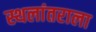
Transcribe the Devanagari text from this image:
स्थलांतराला